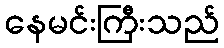
နေမင်းကြီးသည်